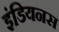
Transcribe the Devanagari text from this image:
इंडियनस